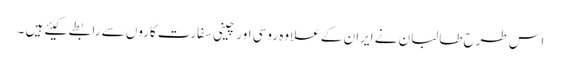
اس طرح طالبان نے ایران کے علاوہ روسی اور چینی سفارت کاروں سے رابطے کیئے ہیں ۔